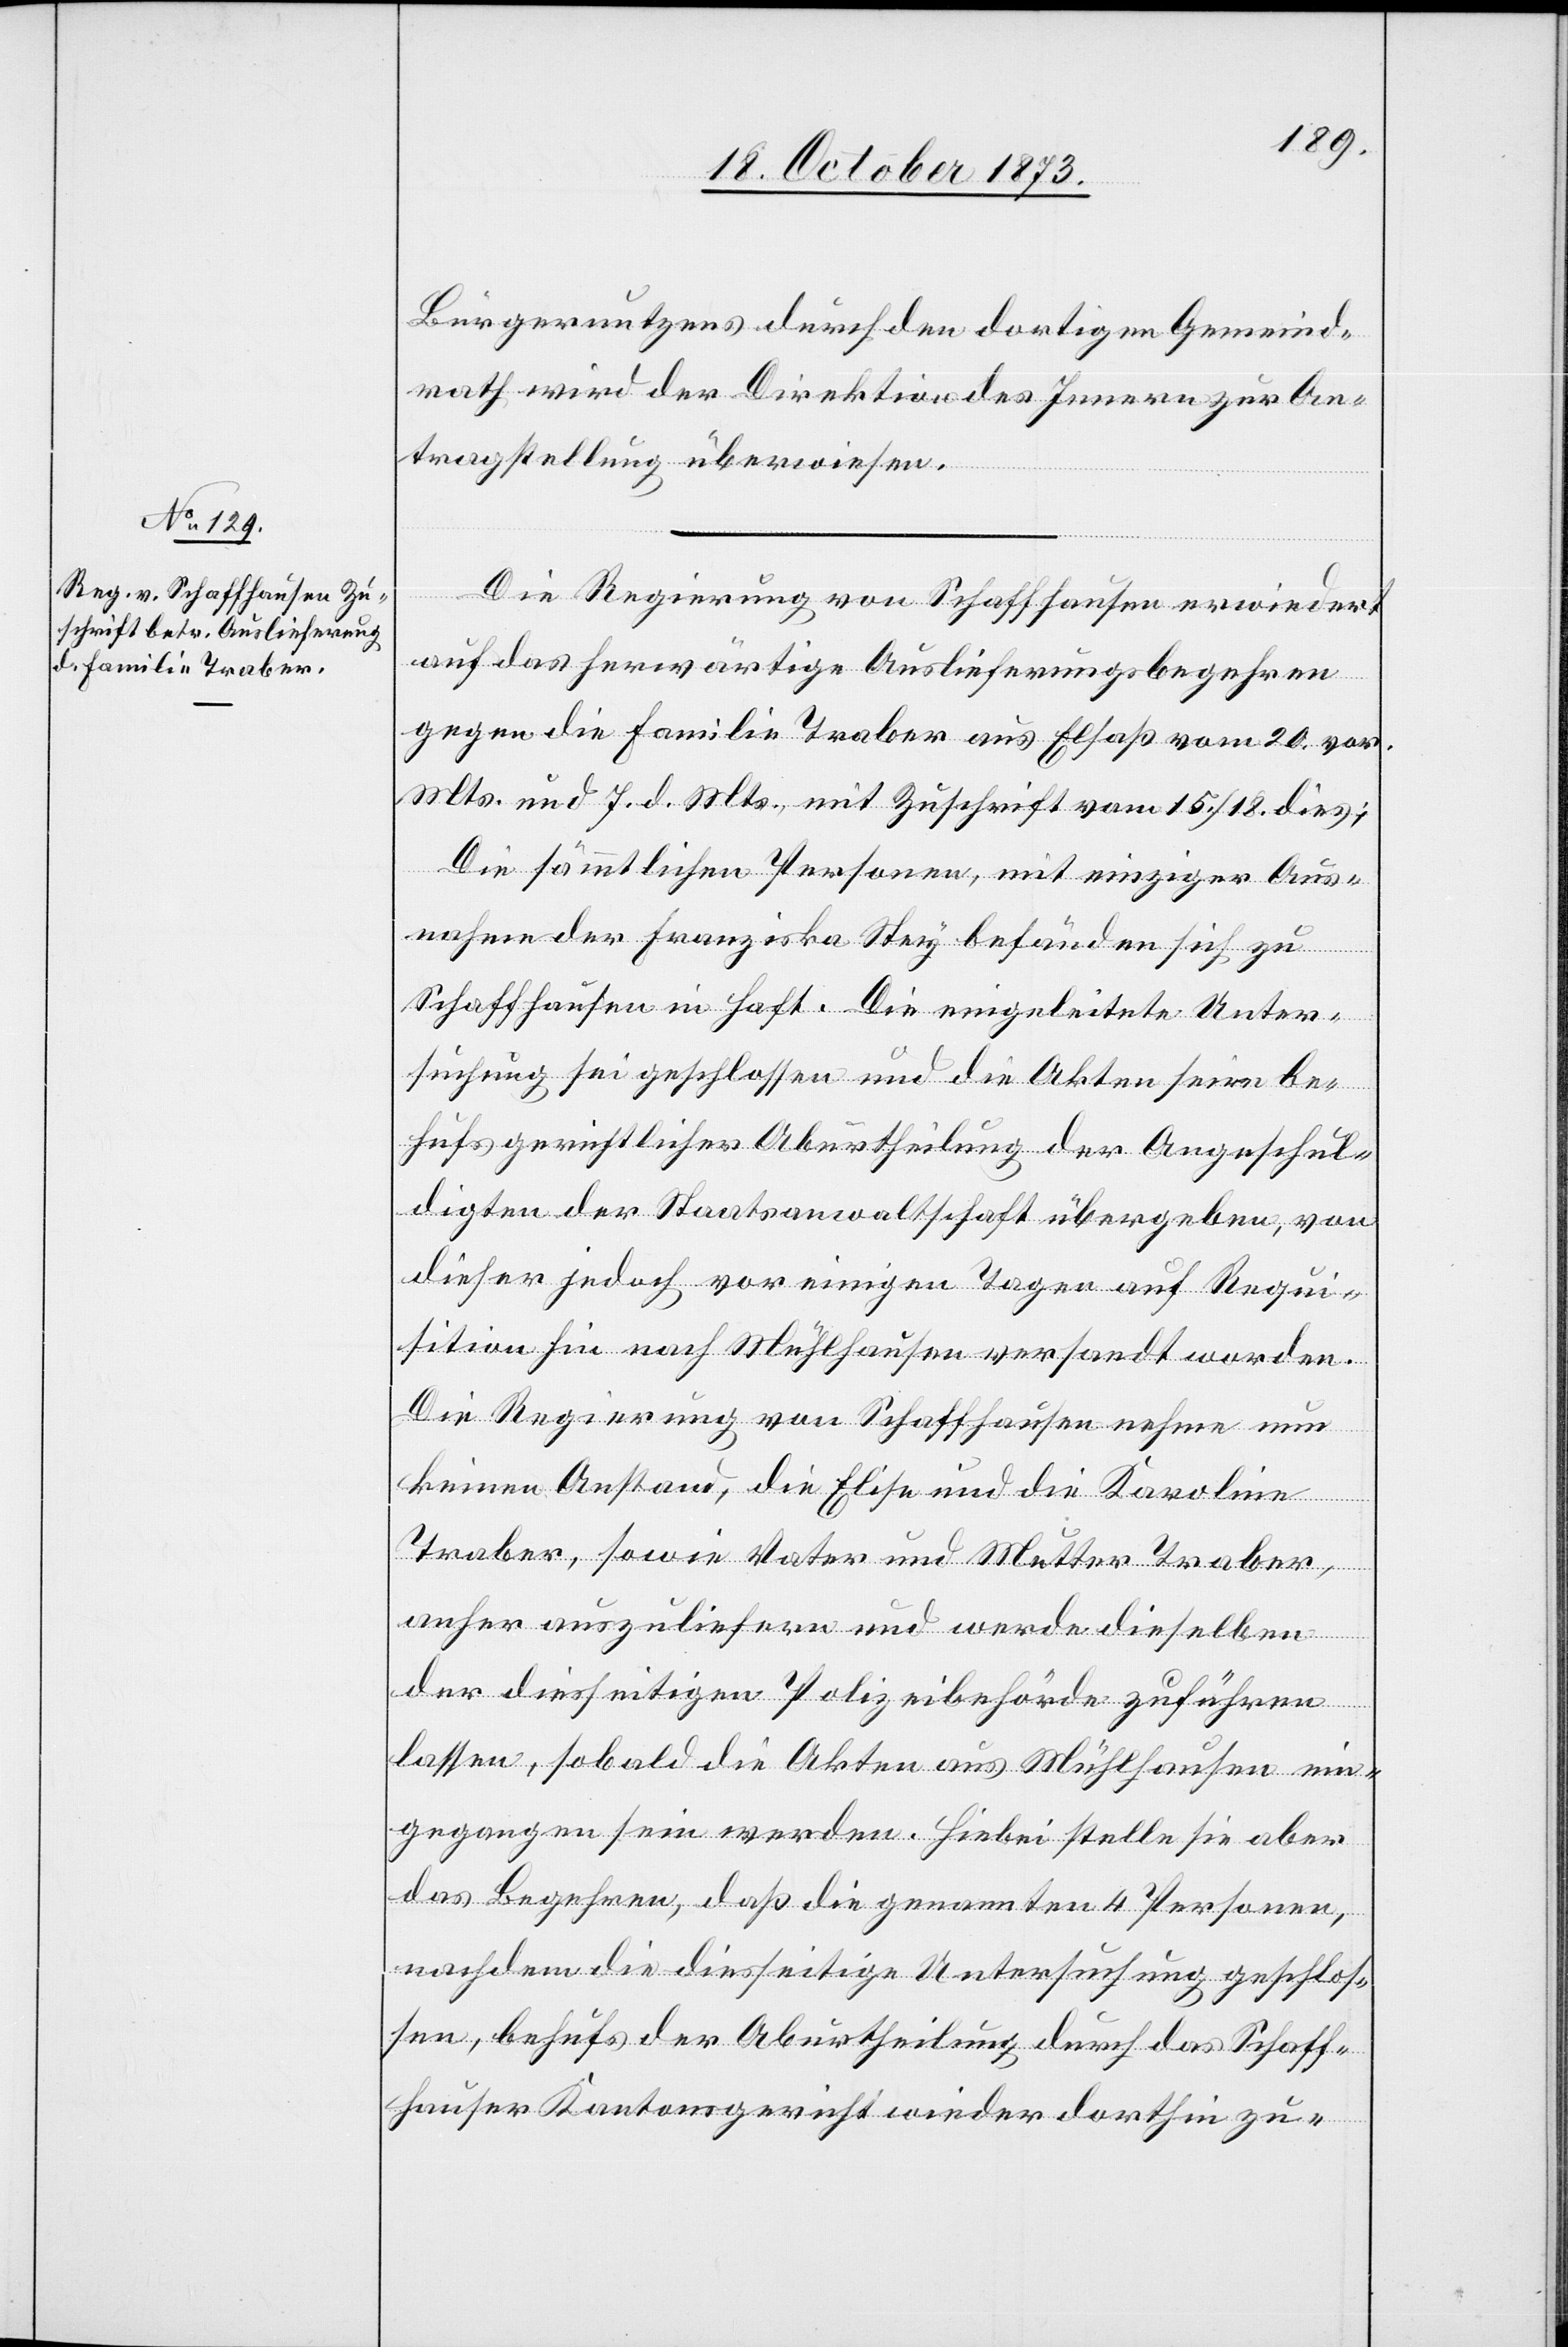
20. October 1873.]
Bürgernutzens durch den dortigen Gemeind¬
rath wird der Direktion des Innern zur An¬
tragstellung überwiesen.
Die Regierung von Schaffhausen erwiedert
auf das herwärtige Auslieferungsbegehren
gegen die Familie Traber aus Elsaß vom 20. vor.
Mts. und 7. d. Mts., mit Zuschrift vom 15./18. dies:
Die sämmtlichen Personen, mit einziger Aus¬
nahme der Franziska Stey befänden sich zu
Schaffhausen in Haft. Die eingeleitete Unter¬
suchung sei geschlossen und die Akten seien be¬
hufs gerichtlicher Aburtheilung der Angeschul¬
digten der Staatsanwaltschaft übergeben, von
dieser jedoch vor einigen Tagen auf Requ¬
isition hin nach Mühlhausen versandt worden.
Die Regierung von Schaffhausen nehme nun
keinen Anstand, die Elise und die Karoline
Traber, sowie Vater und Mutter Traber,
anher auszuliefern und werde dieselben
der diesseitigen Polizeibehörde zuführen
lassen, sobald die Akten aus Mühlhausen ein¬
gegangen sein werden. Hiebei stelle sie aber
das Begehren, daß die genannten 4 Personen,
nachdem die diesseitige Untersuchung geschlos¬
sen, behufs der Aburtheilung durch das Schaff¬
hauser Kantonsgericht wieder dorthin zu-